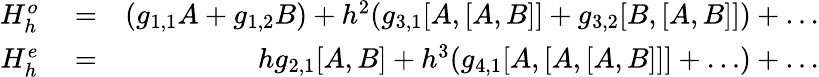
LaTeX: \begin{array}{rlr}{H_{h}^{o}}&{{}=}&{(g_{1,1}A+g_{1,2}B)+h^{2}(g_{3,1}[A,[A,B]]+g_{3,2}[B,[A,B]])+\ldots}\\ {H_{h}^{e}}&{{}=}&{hg_{2,1}[A,B]+h^{3}(g_{4,1}[A,[A,[A,B]]]+\ldots)+\ldots}\end{array}